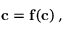
\begin{array} { r } { \mathbf { c } = \mathbf { f } ( \mathbf { c } ) \, , } \end{array}